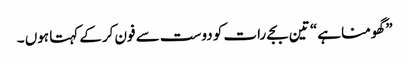
” گھومنا ہے“ تین بجے رات کو دوست سے فون کرکے کہتا ہوں ۔